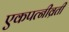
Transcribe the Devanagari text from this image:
एकपत्‍नीव्रती